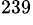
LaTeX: ^{239}